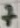
Text: 7